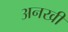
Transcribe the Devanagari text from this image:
अनखी